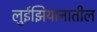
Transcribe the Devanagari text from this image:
लुईझियानातील